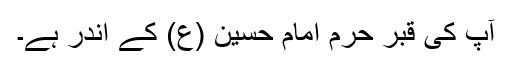
آپ کی قبر حرم امام حسین (ع) کے اندر ہے۔